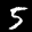
Label: 5